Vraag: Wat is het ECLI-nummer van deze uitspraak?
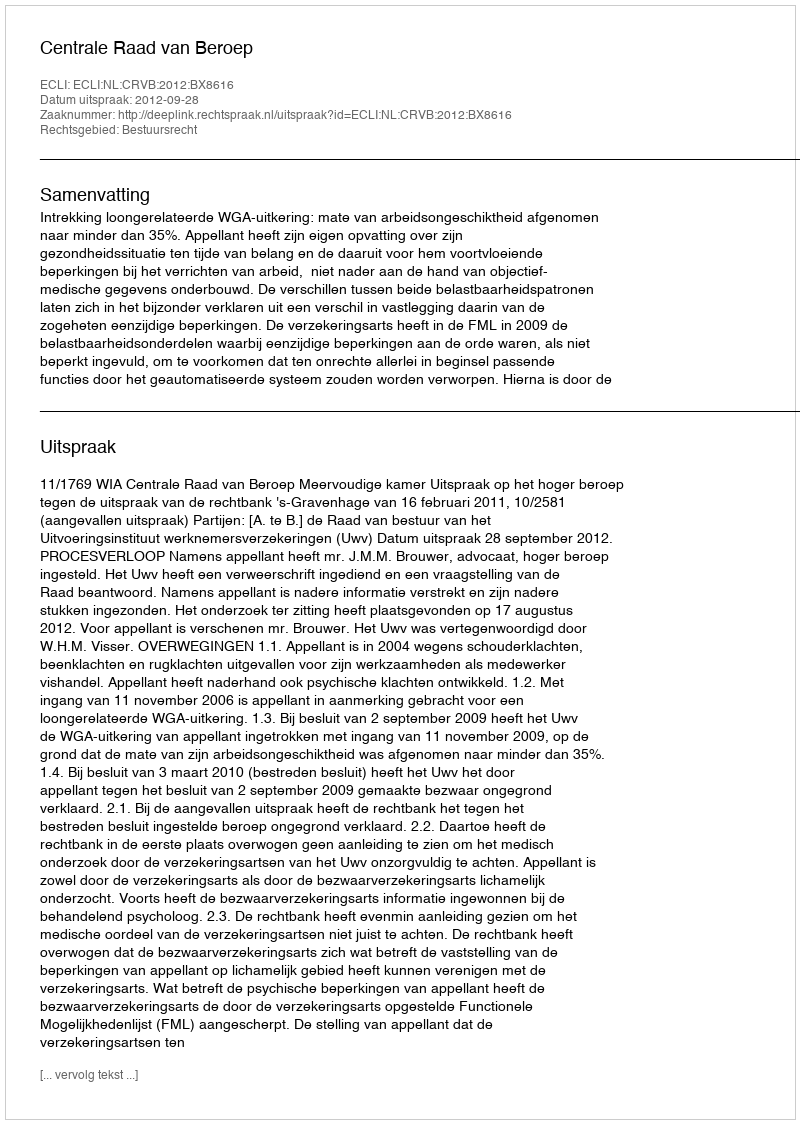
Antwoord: ECLI:NL:CRVB:2012:BX8616